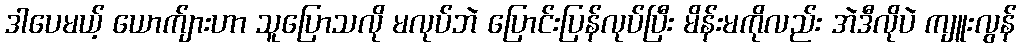
ဒါပေမယ့် ယောက်ျားဟာ သူပြောသလို မလုပ်ဘဲ ပြောင်းပြန်လုပ်ပြီး မိန်းမကိုလည်း အဲဒီလိုပဲ ကျူးလွန်